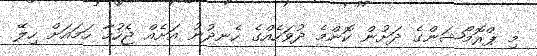
މި ޕްރޮމޯޝަންގެ ދަށުން ކޮންމެ ދުވަހެއްގެ ހެނދުނު އަށެއް ޖެހުމާ ހަމައަށް ހިލޭ